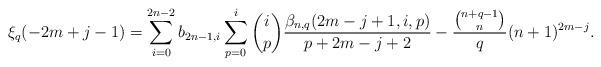
LaTeX: \begin{align*}\xi_q(-2m+j-1)=\sum_{i=0}^{2n-2}b_{2n-1,i}\sum_{p=0}^i \binom{i}{p}\frac{\beta_{n,q}(2m-j+1,i,p)}{p+2m-j+2}-\frac{\binom{n+q-1}{n}}{q}(n+1)^{2m-j}.\end{align*}